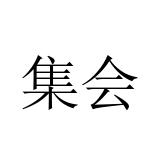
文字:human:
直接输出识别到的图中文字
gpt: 集会